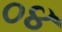
૦૪